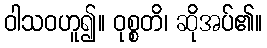
ဝါသဝဟူ၍။ ဝုစ္စတိ၊ ဆိုအပ်၏။